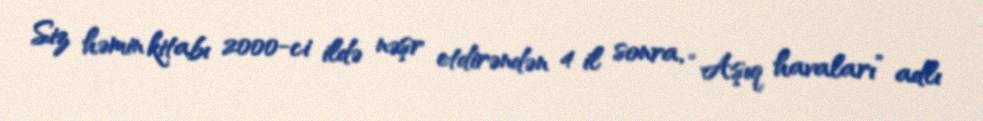
Siz həmin kitabı 2000-ci ildə nəşr etdirəndən 4 il sonra, “Aşıq havaları” adlı